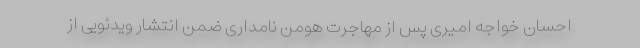
احسان خواجه امیری پس از مهاجرت هومن نامداری ضمن انتشار ویدئویی از